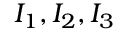
I _ { 1 } , I _ { 2 } , I _ { 3 }